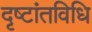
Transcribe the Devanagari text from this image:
दृष्टांतविधि